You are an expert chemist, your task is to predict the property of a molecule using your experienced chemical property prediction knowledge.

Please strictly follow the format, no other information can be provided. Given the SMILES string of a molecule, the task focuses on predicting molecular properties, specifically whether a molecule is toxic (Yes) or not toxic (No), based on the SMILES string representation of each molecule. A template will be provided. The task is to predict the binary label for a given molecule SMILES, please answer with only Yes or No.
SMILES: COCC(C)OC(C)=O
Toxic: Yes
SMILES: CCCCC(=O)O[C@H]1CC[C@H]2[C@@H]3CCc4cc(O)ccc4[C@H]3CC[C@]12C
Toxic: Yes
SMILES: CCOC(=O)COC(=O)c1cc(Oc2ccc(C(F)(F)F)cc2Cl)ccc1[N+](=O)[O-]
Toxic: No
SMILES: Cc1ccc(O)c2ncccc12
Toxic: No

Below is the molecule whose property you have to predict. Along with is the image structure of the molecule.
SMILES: C=CCOC(=O)C(C)(C)OC(=O)c1cc(-n2c(=O)cc(C(F)(F)F)n(C)c2=O)ccc1Cl
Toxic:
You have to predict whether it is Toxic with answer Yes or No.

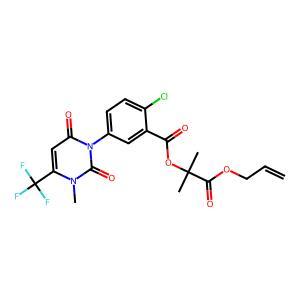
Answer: No